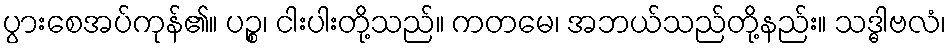
ပွားစေအပ်ကုန်၏။ ပဉ္စ၊ ငါးပါးတို့သည်။ ကတမေ၊ အဘယ်သည်တို့နည်း။ သဒ္ဓါဗလံ၊